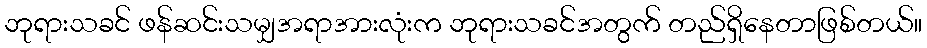
ဘုရားသခင် ဖန်ဆင်းသမျှအရာအားလုံးက ဘုရားသခင်အတွက် တည်ရှိနေတာဖြစ်တယ်။